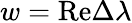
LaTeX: w=\mathrm{Re}\Delta\lambda